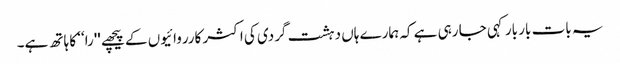
یہ بات بار بار کہی جا رہی ہے کہ ہمارے ہاں دہشت گردی کی اکثر کارروائیوں کے پیچھے ''را‘‘ کا ہاتھ ہے۔